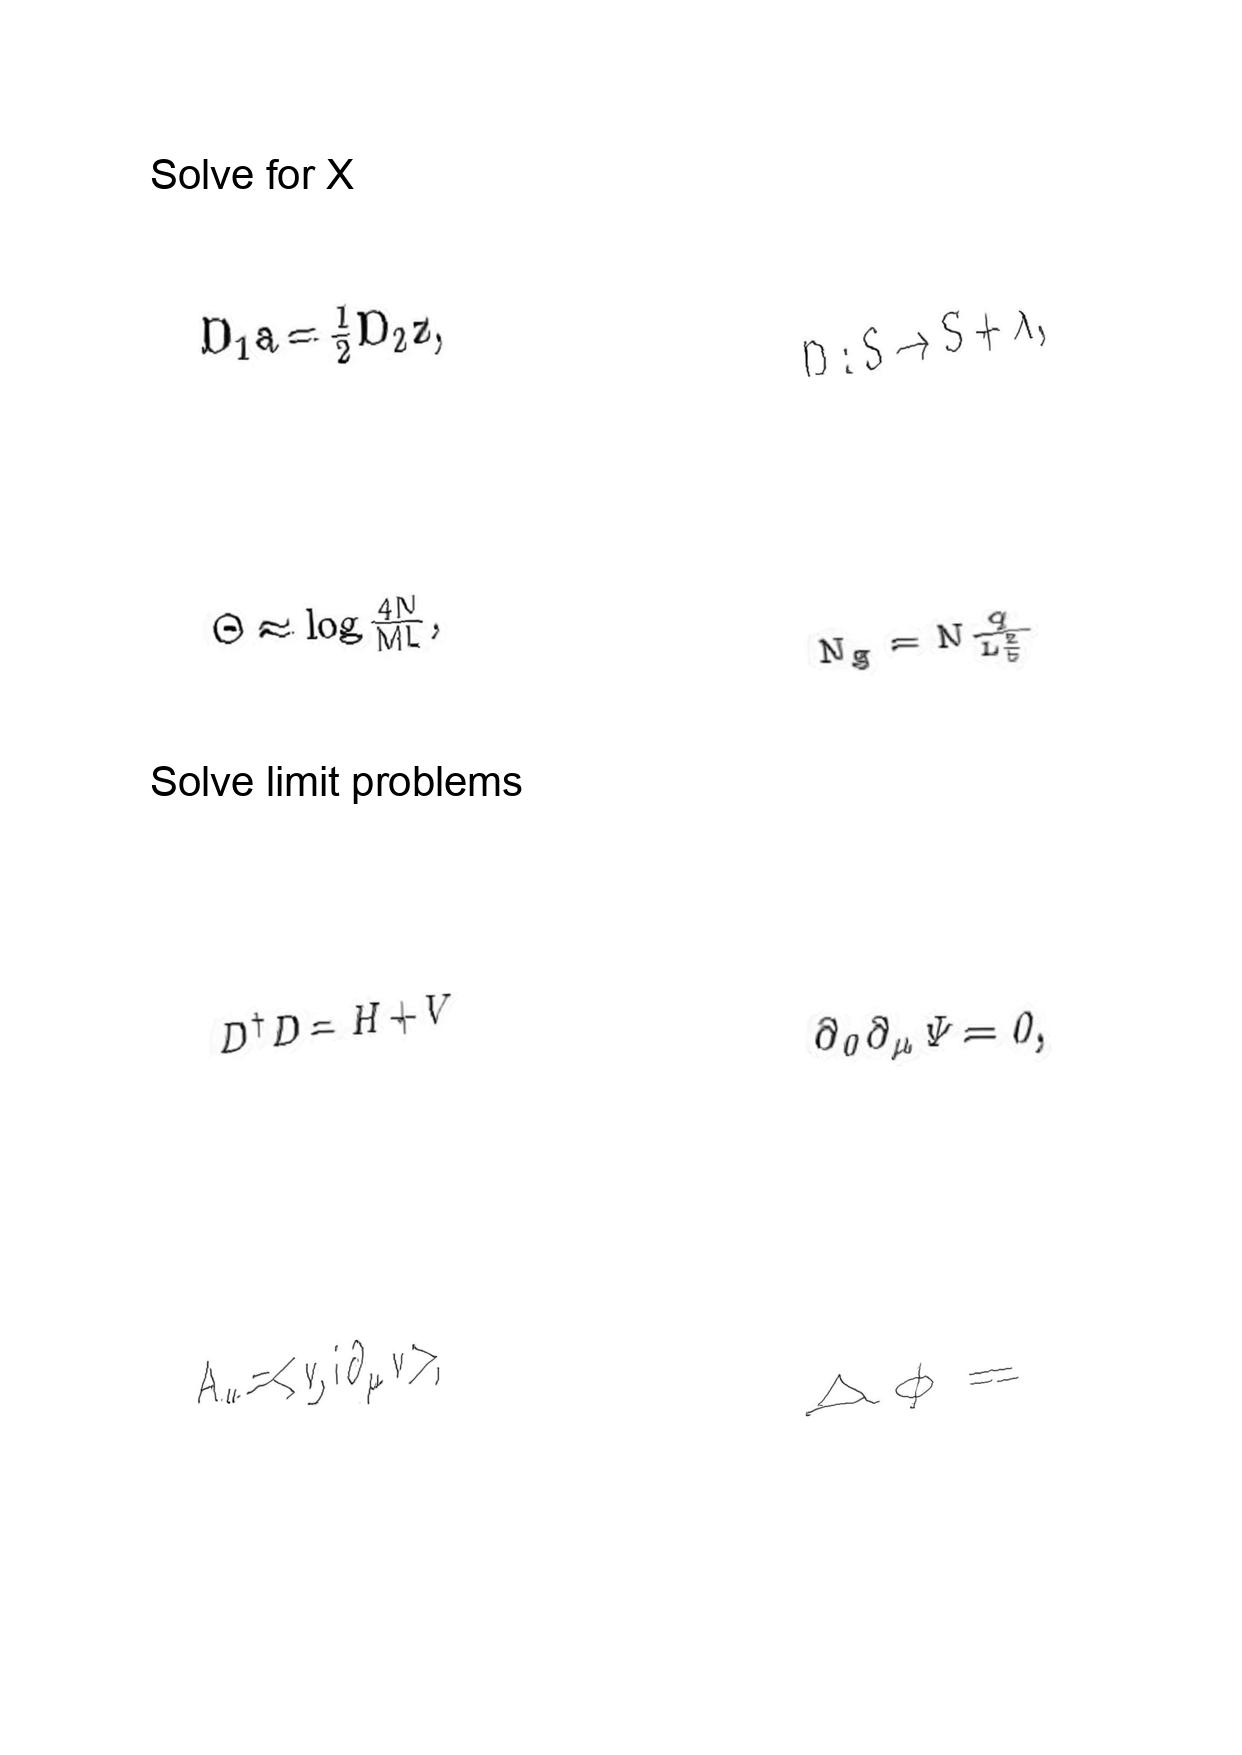
LaTeX transcription:
D _ { 1 } a = \frac { 1 } { 2 } D _ { 2 } z ,
\Theta \approx \log \frac { 4 N } { M L } ,
D ^ { \dagger } D = H + V
A _ { \mu } = \lt v , i \partial _ { \mu } v \gt ,
D : S \rightarrow S + \lambda ,
N _ { g } = N \frac { q } { L _ { 5 } ^ { 2 } }
\partial _ { 0 } \partial _ { \mu } \Psi = 0 ,
\Delta \phi =